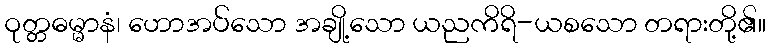
ဝုတ္တဓမ္မာနံ၊ ဟောအပ်သော အချို့သော ယညကိရိ-ယစသော တရားတို့၏။